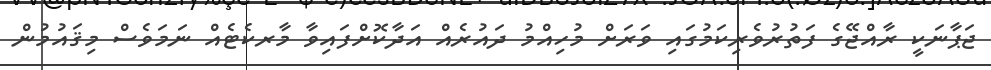
ޖަޕާނަކީ ރާއްޖޭގެ ފަތުރުވެރިކަމުގައި ވަރަށް މުހިއްމު ދައުރެއް އަދާކޮށްފައިވާ މާރކެޓެއް ނަމަވެސް މިޤައުމުން